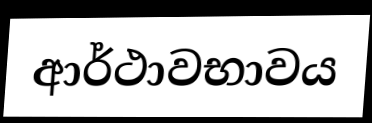
ආර්ථාවභාවය